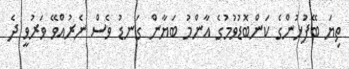
ތިޔަ ބޭފުޅުންގެ ކަންބޮޑުވުމުގެ އާންމު ބަޔާން ގަނޑު ވެސް ނެރުއްވޭ ވަރުވީ ދެ